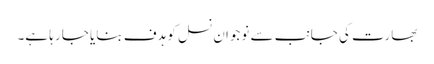
بھارت کی جانب سے نوجوان نسل کو ہدف بنایا جا رہا ہے۔